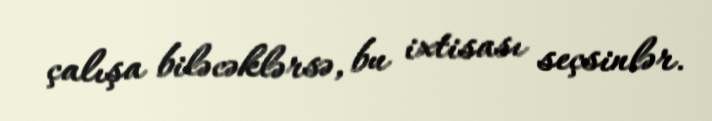
çalışa biləcəklərsə, bu ixtisası seçsinlər.